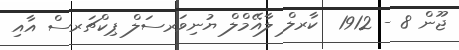
ޖޫން 8 - 1912  ކާރލް ލާއޭމްލް ޔުނިވަރސަލް ޕިކްޗަރސް އާއި